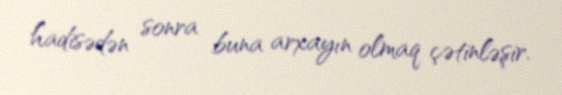
hadisədən sonra buna arxayın olmaq çətinləşir.